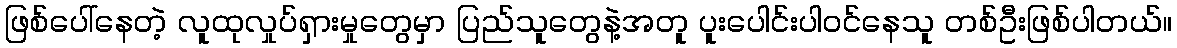
ဖြစ်ပေါ်နေတဲ့ လူထုလှုပ်ရှားမှုတွေမှာ ပြည်သူတွေနဲ့အတူ ပူးပေါင်းပါဝင်နေသူ တစ်ဦးဖြစ်ပါတယ်။